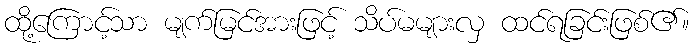
ထို့ကြောင့်သာ မျက်မြင်အားဖြင့် သိပ်မများလှ ထင်ရခြင်းဖြစ်၏။